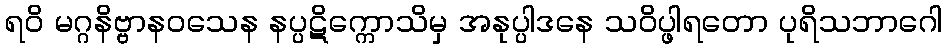
ရဝိ မဂ္ဂနိဗ္ဗာနဝသေန နပ္ပဋိက္ကောသိမှ အနုပ္ပါဒနေ သဝိပ္ဖါရတော ပုရိသဘာဂေါ